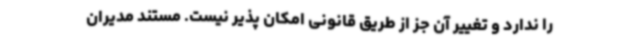
را ندارد و تغییر آن جز از طریق قانونی امکان پذیر نیست. مستند مدیران